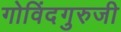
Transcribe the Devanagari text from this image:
गोविंदगुरुजी